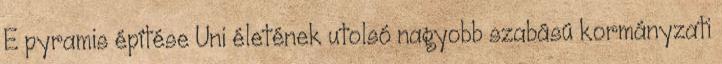
E pyramis építése Uni életének utolsó nagyobb szabású kormányzati